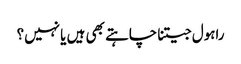
راہول جیتنا چاہتے بھی ہیں یا نہیں؟